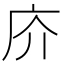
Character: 庎